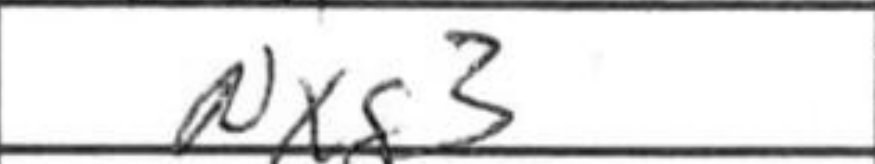
Transcription: Nxg3